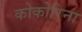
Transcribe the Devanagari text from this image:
कोकोरिना